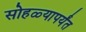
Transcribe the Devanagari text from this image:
सोहळ्यापर्यंत